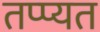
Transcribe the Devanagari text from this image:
तप्प्यत